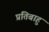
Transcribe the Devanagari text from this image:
प्रतिबाहु